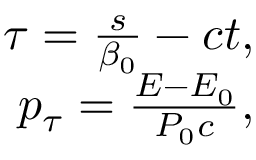
\begin{array} { r } { \tau = \frac { s } { \beta _ { 0 } } - c t , } \\ { p _ { \tau } = \frac { E - E _ { 0 } } { P _ { 0 } c } , } \end{array}